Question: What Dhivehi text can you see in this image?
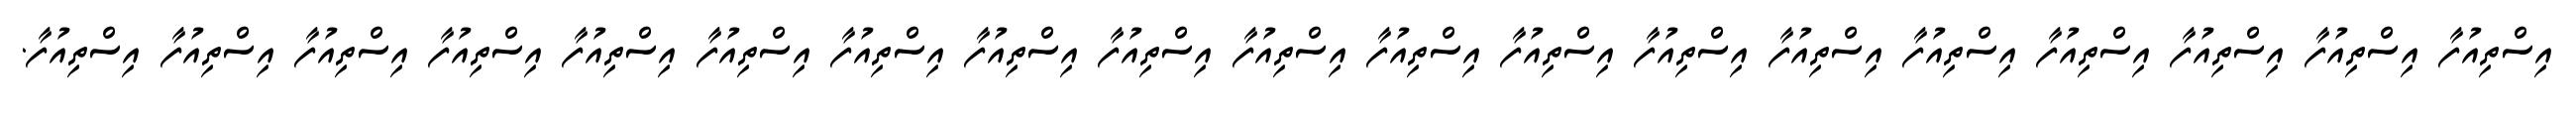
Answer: އިސްތިއުފާ އިސްތިއުފާ އިސްތިއުފާ އިސްތިއުފާ އިސްތިއުފާ އިސްތިއުފާ އިސްތިއުފާ އިސްތިއުފާ އިސްތިއުފާ އިސްތިއުފާ އިސްތިއުފާ އިސްތިއުފާ އިސްތިއުފާ އިސްތިއުފާ އިސްތިއުފާ އިސްތިއުފާ އިސްތިއުފާ އިސްތިއުފާ އިސްތިއުފާ.